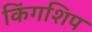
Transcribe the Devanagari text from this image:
किंगशिप